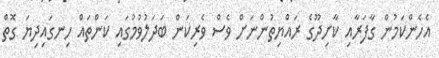
އެހެންކަމުން ގާފަރާއި ކާށިދޫގެ ރައްޔިތުންނަށް ވެސް ވެރިކަން ބަދަލުވުމުގައި ކަންތައް ހިނގައިދިޔަ ގޮތް